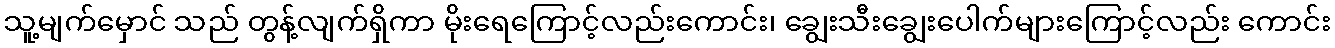
သူ့မျက်မှောင် သည် တွန့်လျက်ရှိကာ မိုးရေကြောင့်လည်းကောင်း၊ ချွေးသီးချွေးပေါက်များကြောင့်လည်း ကောင်း